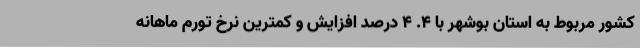
کشور مربوط به استان بوشهر با ٤. ٤ درصد افزایش و کمترین نرخ تورم ماهانه